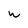
Character: w